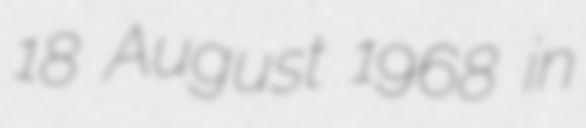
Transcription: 18 August 1968 in